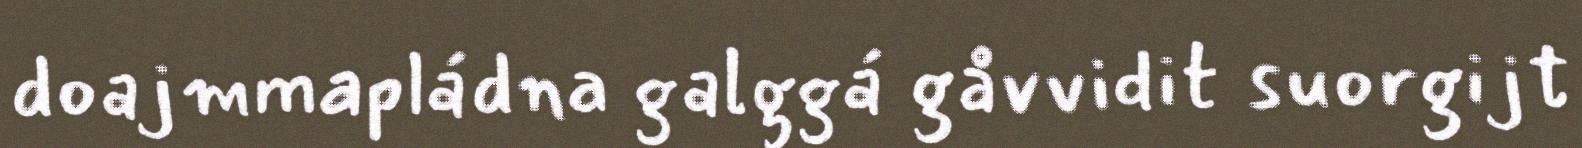
doajmmapládna galggá gåvvidit suorgijt